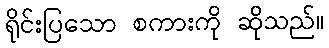
ရိုင်းပြသော စကားကို ဆိုသည်။